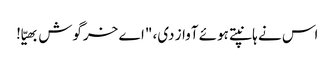
اس نے ہانپتے ہوئے آواز دی، "اے خرگوش بھیّا!